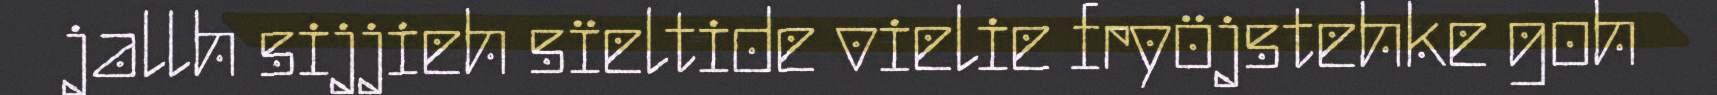
jallh sijjieh sïeltide vielie fryöjstehke goh